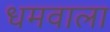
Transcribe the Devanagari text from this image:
धमवाला